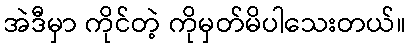
အဲဒီမှာ ကိုင်တဲ့ ကိုမှတ်မိပါသေးတယ်။